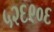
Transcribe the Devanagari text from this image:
५२६९०६